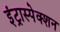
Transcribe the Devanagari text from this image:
इंट्रास्पेक्शन